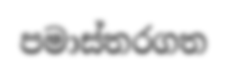
පමාස්තරගත